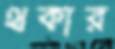
থকার